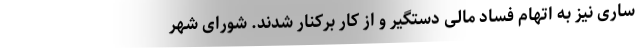
ساری نیز به اتهام فساد مالی دستگیر و از کار برکنار شدند. شورای شهر